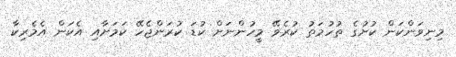
މިނިވަންކަން ކުށުގެ ތުހުމަތު ކުރެވޭ މީހުންނަށް ކުޑަ ކުރަންޖެހޭ ކަމަށާއި އެކަން އެމެރިކާ